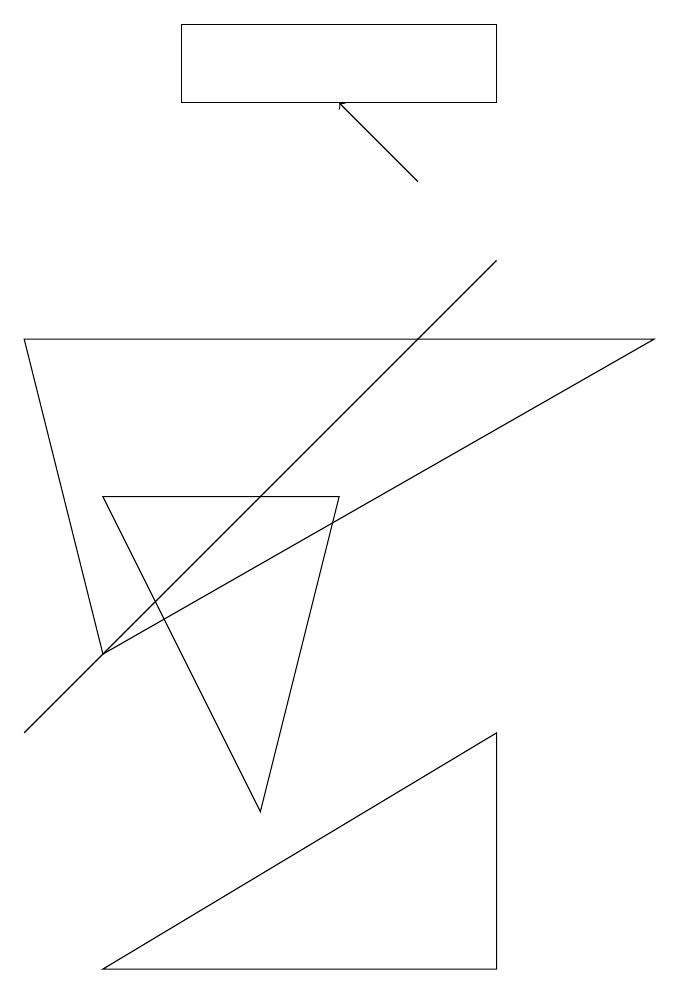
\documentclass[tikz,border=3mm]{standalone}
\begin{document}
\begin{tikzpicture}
\draw (3,5) -- (7,9) -- (1,3) -- cycle;
\draw (7,3) -- (7,0) -- (2,0) -- cycle;
\draw (7,12) rectangle (3,11);
\draw (2,4) -- (9,8) -- (1,8) -- cycle;
\draw[->] (6,10) -- (5,11);
\draw (5,6) -- (2,6) -- (4,2) -- cycle;
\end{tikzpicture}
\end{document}